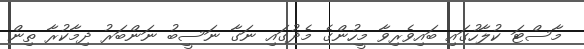
މާސްޓަ ކުލާހުގައި ބައިވެރިވާ މީހުންގެ މެދުގައި ނަގާ ނަސީބު ނަންބަރު ދިމާކުރާ ތިން